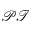
\mathcal { P T }